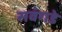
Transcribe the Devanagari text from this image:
सवंगडे